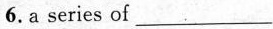
6.a series of ___